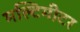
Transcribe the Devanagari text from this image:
मल्टिमीटर